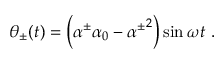
\theta _ { \pm } ( t ) = \left( \alpha ^ { \pm } \alpha _ { 0 } - { \alpha ^ { \pm } } ^ { 2 } \right) \sin \omega t \ .